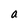
Character: a